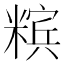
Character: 𰫉